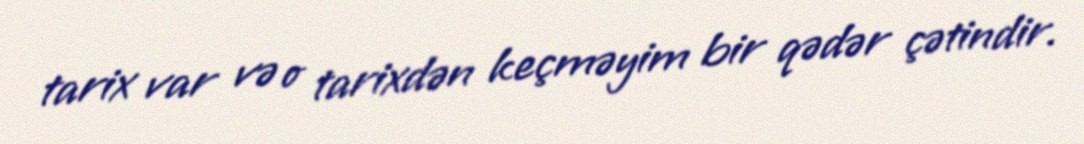
tarix var və o tarixdən keçməyim bir qədər çətindir.